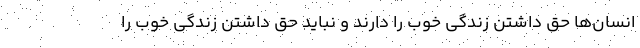
انسان‌ها حق داشتن زندگی خوب را دارند و نباید حق داشتن زندگی خوب را